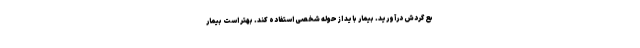
بع گردش درآورید. بیمار باید از حوله شخصی استفاده کند. بهتر است بیمار